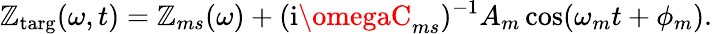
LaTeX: \mathbb{Z}_{\textrm{{targ}}}(\omega,t)=\mathbb{Z}_{ms}(\omega)+(\textrm{{i}}\omegaC_{ms})^{-1}A_{m}\cos(\omega_{m}t+\phi_{m}).